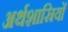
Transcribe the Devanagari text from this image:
अर्थशास्रियों